Vabadussoja_Ajaloo_Komitee, lk 15
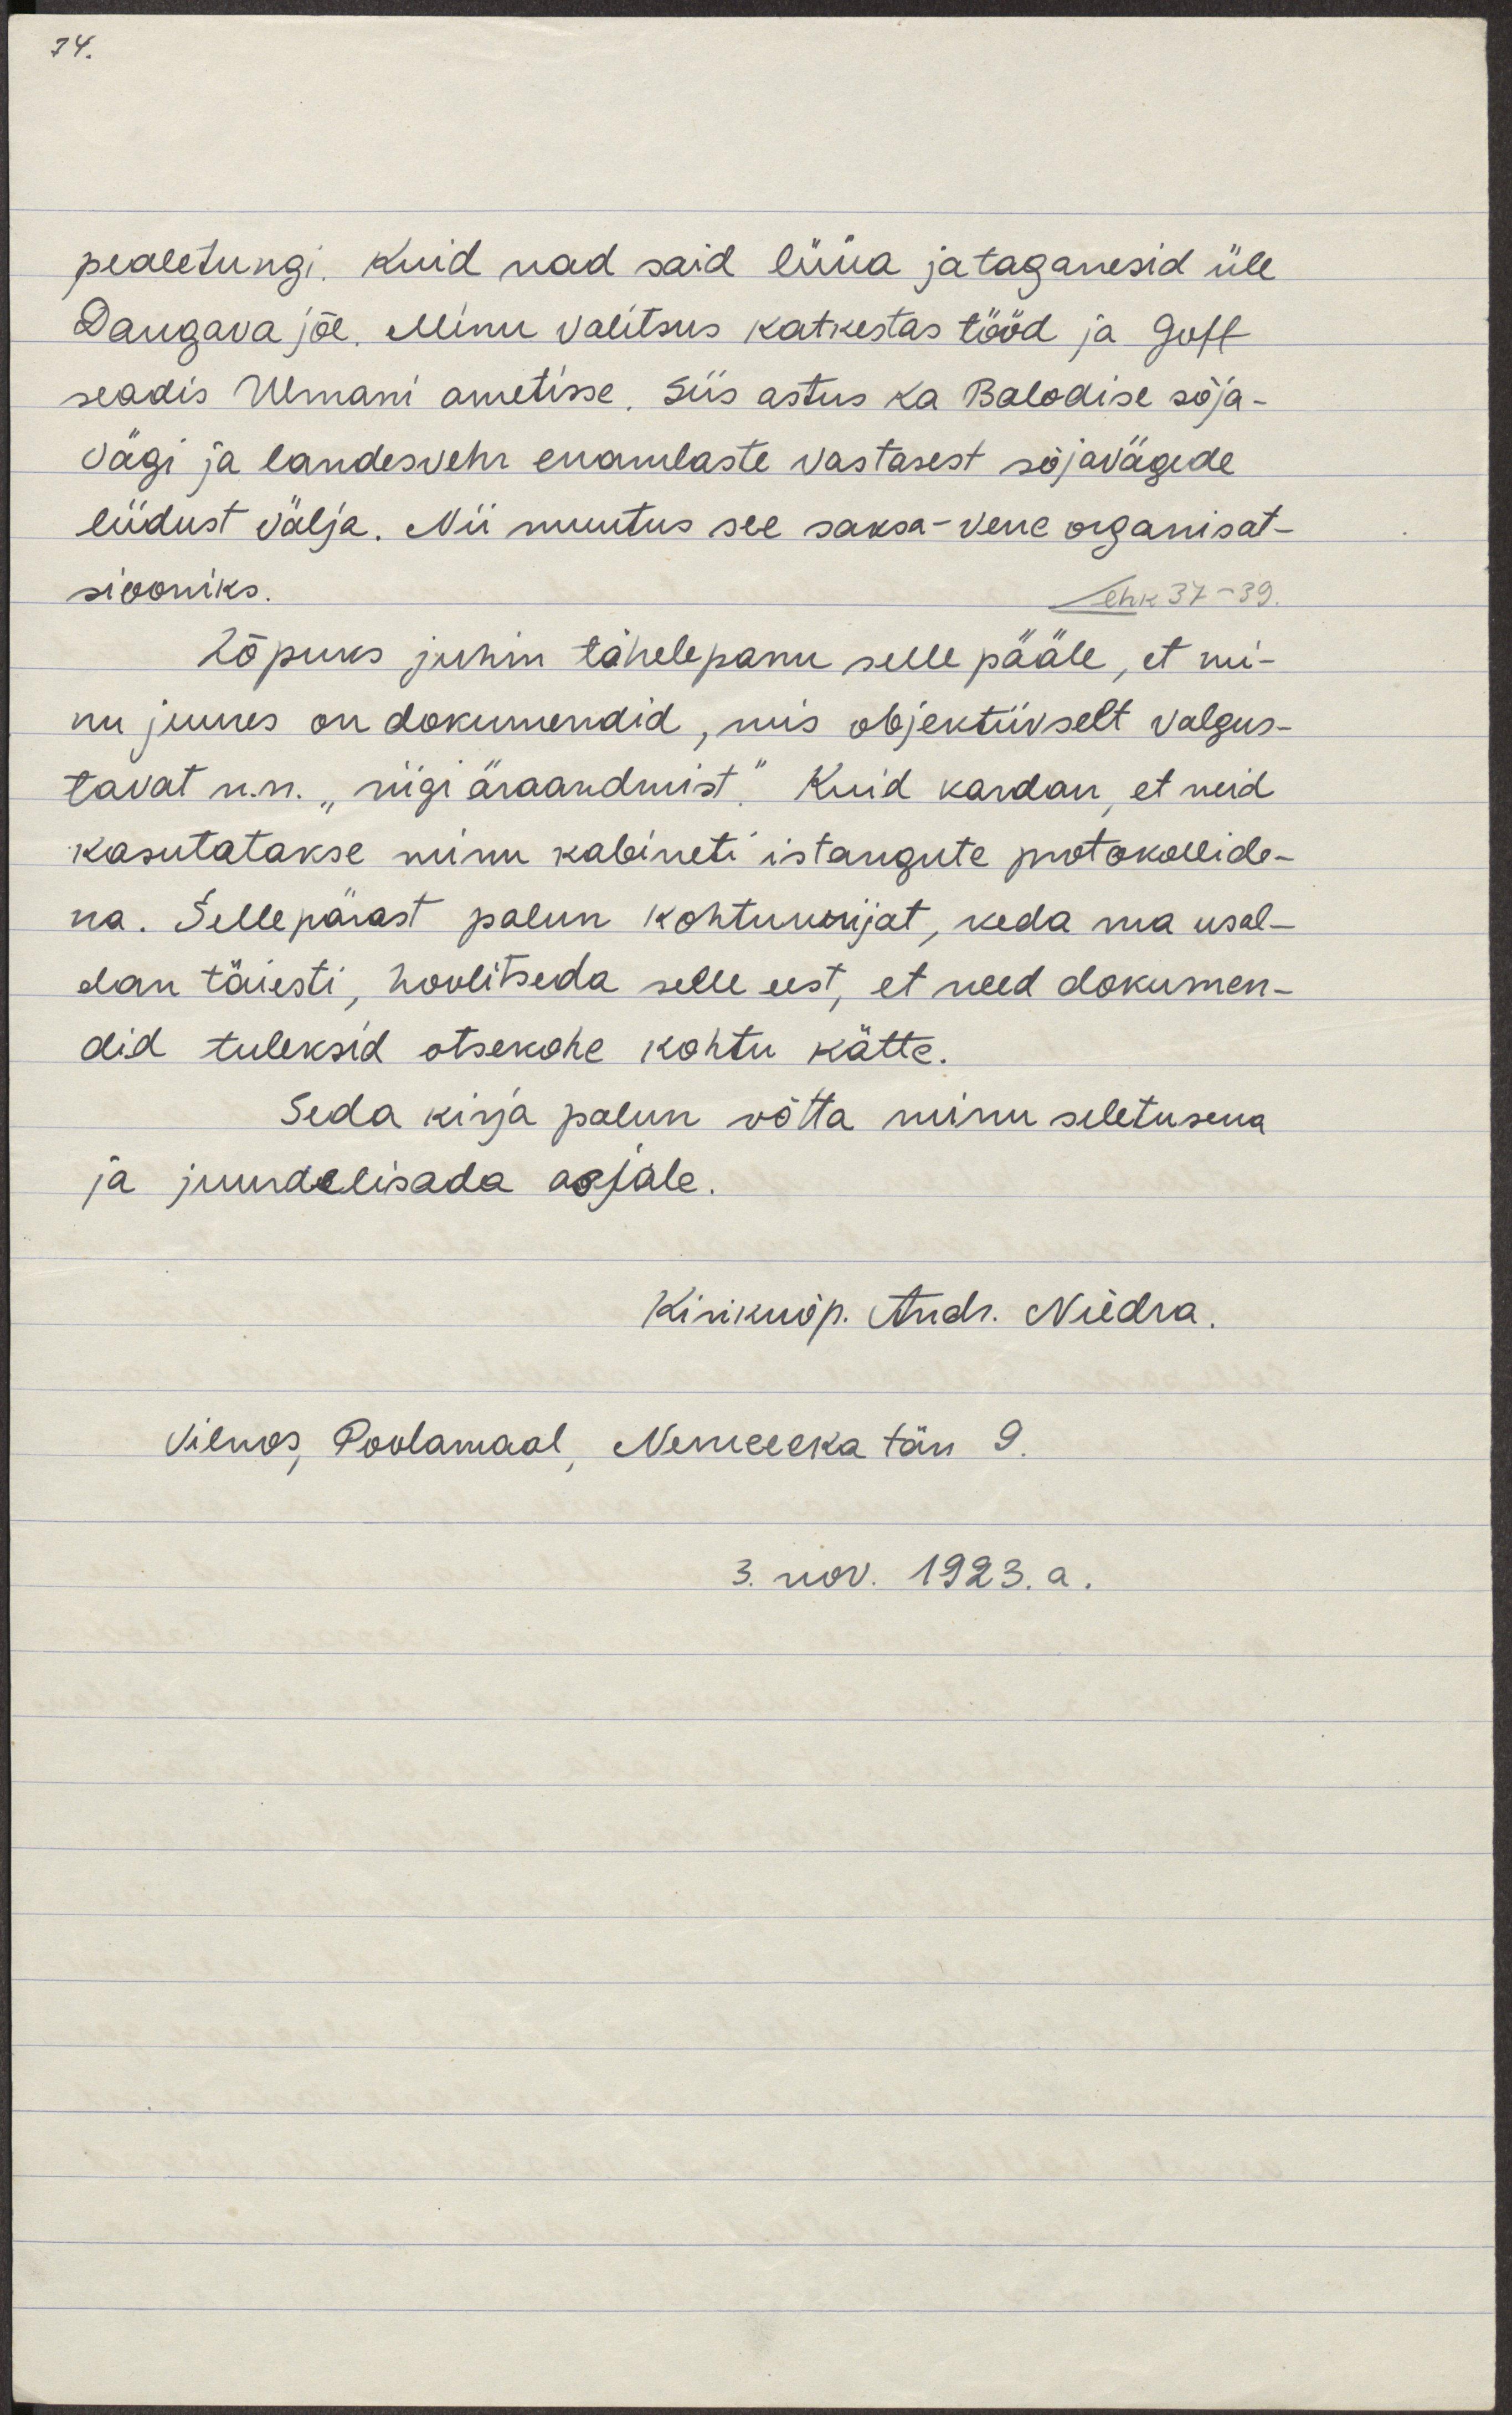
pealetungi. Kuid nad said lüüa ja taganesid üle
Daugava jõe. Minu valitsus katkestas tööd ja Goff
seadis Ulmani ametisse. Siis astus ka Balodise sõja-
vägi ja landesvehr enamlaste vastasest sõjavägede
liidust välja. Nii muutus see saksa-vene organisat-
siooniks.
ehk 37-39.
Lõpuks juhin tähelepanu selle pääle, et mi-
nu juures on dokumendid, mis objektiivselt valgus-
tavad nn. "riigi äraandmist." Kuid kardan, et neid
kasutatakse minu kabineti istungite protokollide-
na. Sellepärast palun kohtuurijat, keda ma usal-
dan täiesti, hoolitseda selle eest, et need dokumen-
did tuleksid otsekohe kohtu kätte.
Seda kirja palun võtta minu seletusena
ja juurde lisada asjale.
Kirikuõp. Andr. Niedra.
Vilnos, Poolamaal, Nemceeka tän 9
3. nov. 1923. a.